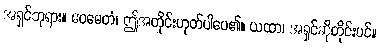
အရှင်ဘုရား။ ဧဝမေတံ၊ ဤအတိုင်းဟုတ်ပါပေ၏။ ယထာ၊ အရှင်ဆိုတိုင်းပင်။